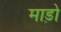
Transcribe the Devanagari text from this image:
माड़ो